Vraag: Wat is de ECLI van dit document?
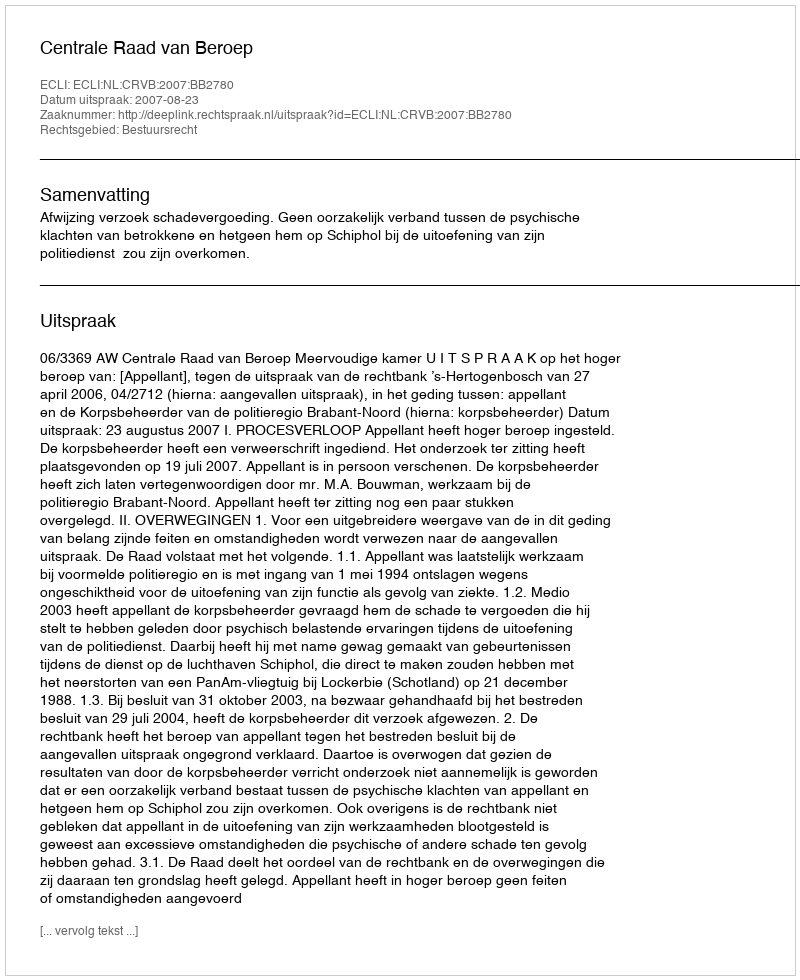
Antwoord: ECLI:NL:CRVB:2007:BB2780